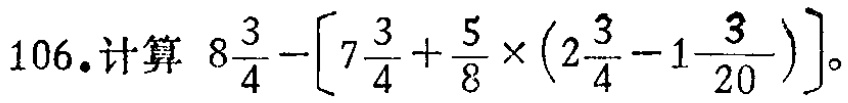
106. 计算 \(8\frac{3}{4}-\left[7\frac{3}{4}+\frac{5}{8}\times\left(2\frac{3}{4}-1\frac{3}{20}\right)\right]\)。